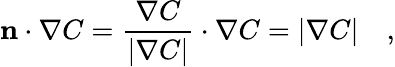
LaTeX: \displaystyle{\mathbf{n}\cdot\nabla C=\frac{\nabla C}{|\nabla C|}\cdot\nabla C=|\nabla C|}\quad,